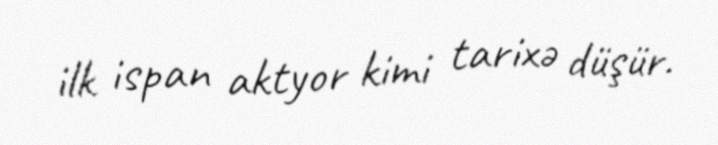
ilk ispan aktyor kimi tarixə düşür.